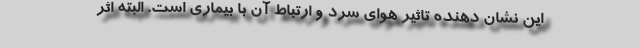
این نشان دهنده تاثیر هوای سرد و ارتباط آن با بیماری است. البته اثر